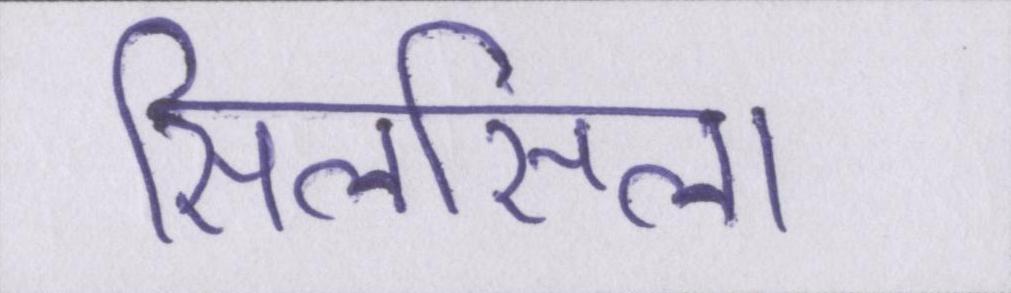
सिलसिला